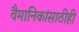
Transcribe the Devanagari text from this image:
वैमानिकांसाठीही